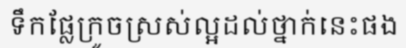
ទឹកផ្លែក្រូចស្រស់ល្អដល់ថ្នាក់នេះផង